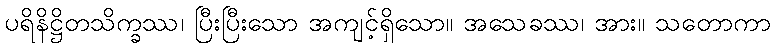
ပရိနိဋ္ဌိတသိက္ခဿ၊ ပြီးပြီးသော အကျင့်ရှိသော။ အသေခဿ၊ အား။ သတောကာ